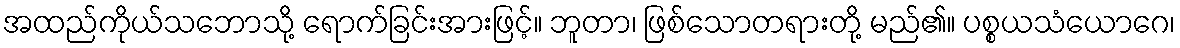
အထည်ကိုယ်သဘောသို့ ရောက်ခြင်းအားဖြင့်။ ဘူတာ၊ ဖြစ်သောတရားတို့ မည်၏။ ပစ္စယသံယောဂေ၊